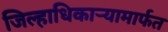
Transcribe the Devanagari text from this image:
जिल्हाधिकाऱ्यामार्फत